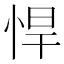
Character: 悍